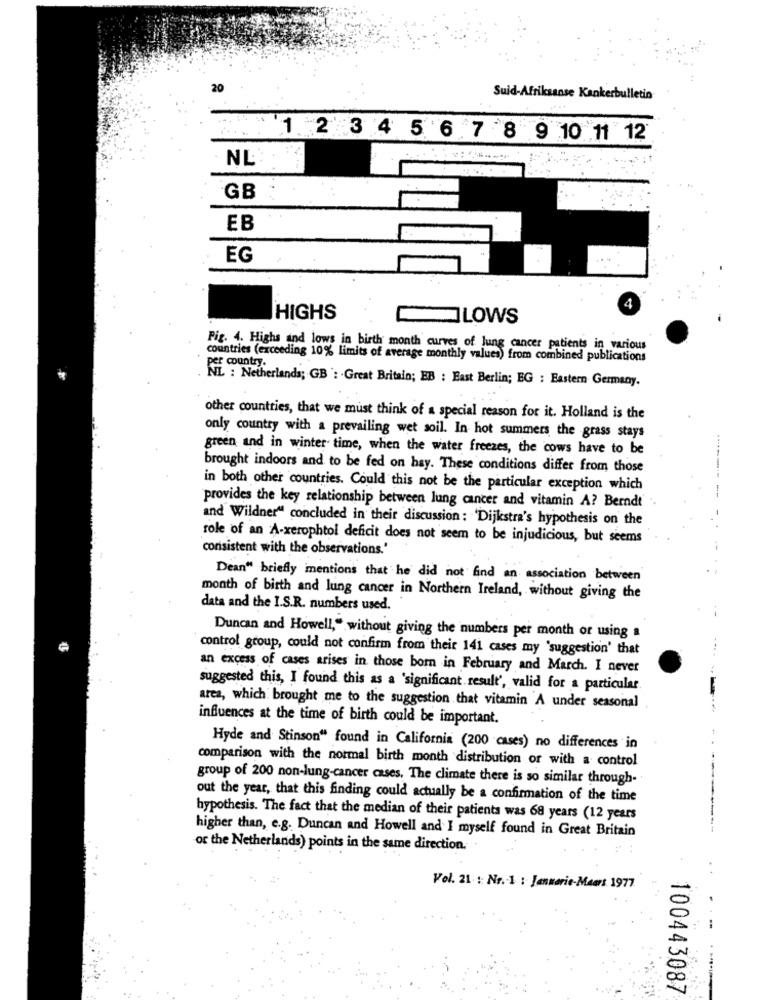
20
Suid-Afrikaanse Kankerbulletin
1 2 3 4 5 6 7 8 9 10 11 12
NL
----
GB
EB
EG
HIGHS
LOWS
Pig. 4. Highs and lows in birth month curves of lung cancer patients in various
countries (exceeding 10% limits of average monthly values) from combined publications
per country.
NL : Netherlands; GB ': Great Britain; EB : East Berlin; EG : Eastern Germany.
other countries, that we must think of a special reason for it. Holland is the
only country with a prevailing wet soil. In hot summers the grass stays
green and in winter time, when the water freezes, the cows have to be
brought indoors and to be fed on hay. These conditions differ from those
in both other countries. Could this not be the particular exception which
-------
provides the key relationship between lung cancer and vitamin A? Berndt
and Wildner" concluded in their discussion : 'Dijkstra's hypothesis on the
role of an A-xerophtol deficit does not seem to be injudicious, but seems
consistent with the observations.
Dean" briefly mentions that he did not find an association between
month of birth and lung cancer in Northern Ireland, without giving the
data and the I.S.R. numbers used.
Duncan and Howell," without giving the numbers per month or using a
control group, could not confirm from their 141 cases my 'suggestion' that
an excess of cases arises in those born in February and March. I never
suggested this, I found this as a 'significant result', valid for a particular.
area, which brought me to the suggestion that vitamin A under seasonal
influences at the time of birth could be important.
Hyde and Stinson" found in California (200 cases) no differences in
comparison with the normal birth month distribution or with a control
group of 200 non-lung-cancer cases, The climate there is so similar through-
out the year, that this finding could actually be a confirmation of the time
hypothesis. The fact that the median of their patients was 68 years (12 years
higher than, e.g. Duncan and Howell and I myself found in Great Britain
or the Netherlands) points in the same direction.
Vel. 21 : Nr .- 1 : Janmarie-Meers 1977
100443087